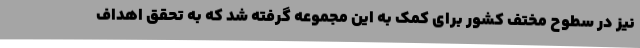
نیز در سطوح مختف کشور برای کمک به این مجموعه گرفته شد که به تحقق اهداف